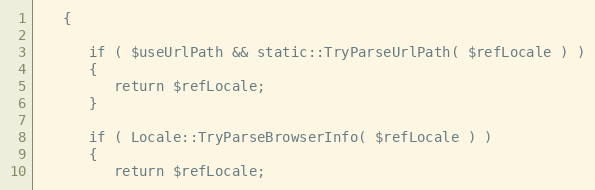
Language: PHP
   {

      if ( $useUrlPath && static::TryParseUrlPath( $refLocale ) )
      {
         return $refLocale;
      }

      if ( Locale::TryParseBrowserInfo( $refLocale ) )
      {
         return $refLocale;